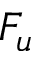
F _ { u }